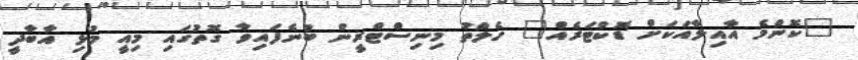
"ކޮންމެ އާއިލާއަކަށް ޑޮކްޓަރެއް" ހެލްތު މިނިސްޓްރީން ބުނެފައިވާ ގޮތުގައި މިއީ މުޅި އާބާދީ